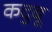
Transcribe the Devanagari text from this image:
कदुबू